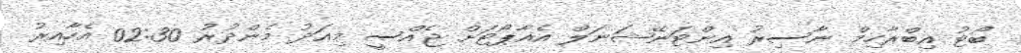
ބޯޓު އިބްރާހިމް ނާސިރު އިންޓަނޭޝަނަލް އެއާޕޯޓަށް ޖެއްސީ މިއަދު މެންދުރު 02:30 އެހާއިރު